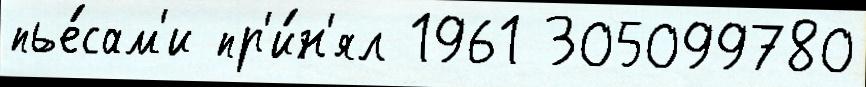
пье́сам'и пр'и́н'ял 1961 305099780